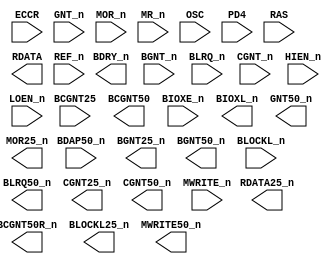
 /**************************************************************************
** ND120 CPU, MM&M                                                       **
** MEM/LBDIF                                                             **
** LOCAL BD CONTROL                                                      **
** SHEET 48 of 50                                                        **
**                                                                       ** 
** Last reviewed: 21-APRIL-2024                                          **
** Ronny Hansen                                                          **               
***************************************************************************/

module MEM_LBDIF_48( BCGNT25,
                     BCGNT50,
                     BCGNT50R_n,
                     BDAP50_n,
                     BDRY_n,
                     BGNT25_n,
                     BGNT50_n,
                     BGNT_n,
                     BIOXE_n,
                     BIOXL_n,
                     BLOCKL25_n,
                     BLOCKL_n,
                     BLRQ50_n,
                     BLRQ_n,
                     CGNT25_n,
                     CGNT50_n,
                     CGNT_n,
                     ECCR,
                     GNT50_n,
                     GNT_n,
                     HIEN_n,
                     LOEN_n,
                     MOR25_n,
                     MOR_n,
                     MR_n,
                     MWRITE50_n,
                     MWRITE_n,
                     OSC,
                     PD4,
                     RAS,
                     RDATA,
                     RDATA25_n,
                     REF_n );

   /*******************************************************************************
   ** The inputs are defined here                                                **
   *******************************************************************************/
   input BCGNT25;
   input BDAP50_n;
   input BGNT_n;
   input BIOXE_n;
   input BLOCKL_n;
   input BLRQ_n;
   input CGNT_n;
   input ECCR;
   input GNT_n;
   input HIEN_n;
   input LOEN_n;
   input MOR_n;
   input MR_n;
   input MWRITE_n;
   input OSC;
   input PD4;
   input RAS;
   input REF_n;

   /*******************************************************************************
   ** The outputs are defined here                                               **
   *******************************************************************************/
   output BCGNT50;
   output BCGNT50R_n;
   output BDRY_n;
   output BGNT25_n;
   output BGNT50_n;
   output BIOXL_n;
   output BLOCKL25_n;
   output BLRQ50_n;
   output CGNT25_n;
   output CGNT50_n;
   output GNT50_n;
   output MOR25_n;
   output MWRITE50_n;
   output RDATA;
   output RDATA25_n;

   /*******************************************************************************
   ** The wires are defined here                                                 **
   *******************************************************************************/
   wire s_logisimNet0;
   wire s_logisimNet1;
   wire s_logisimNet10;
   wire s_logisimNet11;
   wire s_logisimNet12;
   wire s_logisimNet13;
   wire s_logisimNet14;
   wire s_logisimNet15;
   wire s_logisimNet16;
   wire s_logisimNet17;
   wire s_logisimNet18;
   wire s_logisimNet19;
   wire s_logisimNet2;
   wire s_logisimNet20;
   wire s_logisimNet21;
   wire s_logisimNet22;
   wire s_logisimNet23;
   wire s_logisimNet24;
   wire s_logisimNet25;
   wire s_logisimNet26;
   wire s_logisimNet27;
   wire s_logisimNet28;
   wire s_logisimNet29;
   wire s_logisimNet3;
   wire s_logisimNet30;
   wire s_logisimNet31;
   wire s_logisimNet32;
   wire s_logisimNet33;
   wire s_logisimNet34;
   wire s_logisimNet35;
   wire s_logisimNet36;
   wire s_logisimNet37;
   wire s_logisimNet38;
   wire s_logisimNet39;
   wire s_logisimNet4;
   wire s_logisimNet40;
   wire s_logisimNet41;
   wire s_logisimNet42;
   wire s_logisimNet43;
   wire s_logisimNet44;
   wire s_logisimNet45;
   wire s_logisimNet46;
   wire s_logisimNet47;
   wire s_logisimNet48;
   wire s_logisimNet49;
   wire s_logisimNet5;
   wire s_logisimNet6;
   wire s_logisimNet7;
   wire s_logisimNet8;
   wire s_logisimNet9;

   /*******************************************************************************
   ** The module functionality is described here                                 **
   *******************************************************************************/

   /*******************************************************************************
   ** Here all input connections are defined                                     **
   *******************************************************************************/
   assign s_logisimNet0  = HIEN_n;
   assign s_logisimNet15 = PD4;
   assign s_logisimNet18 = ECCR;
   assign s_logisimNet2  = LOEN_n;
   assign s_logisimNet21 = BLRQ_n;
   assign s_logisimNet24 = MWRITE_n;
   assign s_logisimNet25 = REF_n;
   assign s_logisimNet26 = MOR_n;
   assign s_logisimNet27 = BGNT_n;
   assign s_logisimNet28 = MR_n;
   assign s_logisimNet4  = BIOXE_n;
   assign s_logisimNet42 = BDAP50_n;
   assign s_logisimNet44 = BCGNT25;
   assign s_logisimNet45 = RAS;
   assign s_logisimNet47 = BLOCKL_n;
   assign s_logisimNet48 = GNT_n;
   assign s_logisimNet8  = OSC;
   assign s_logisimNet9  = CGNT_n;

   /*******************************************************************************
   ** Here all output connections are defined                                    **
   *******************************************************************************/
   assign BCGNT50    = s_logisimNet11;
   assign BCGNT50R_n = s_logisimNet49;
   assign BDRY_n     = s_logisimNet46;
   assign BGNT25_n   = s_logisimNet14;
   assign BGNT50_n   = s_logisimNet6;
   assign BIOXL_n    = s_logisimNet30;
   assign BLOCKL25_n = s_logisimNet34;
   assign BLRQ50_n   = s_logisimNet43;
   assign CGNT25_n   = s_logisimNet3;
   assign CGNT50_n   = s_logisimNet38;
   assign GNT50_n    = s_logisimNet33;
   assign MOR25_n    = s_logisimNet32;
   assign MWRITE50_n = s_logisimNet23;
   assign RDATA      = s_logisimNet35;
   assign RDATA25_n  = s_logisimNet29;

   /*******************************************************************************
   ** Here all in-lined components are defined                                   **
   *******************************************************************************/

   // Buffer
   assign s_logisimNet46 = s_logisimNet31;

   /*******************************************************************************
   ** Here all sub-circuits are defined                                          **
   *******************************************************************************/

/* TODO:

   AM29C821   CHIP_14F (.CK(s_logisimNet8),
                        .D0(s_logisimNet47),
                        .D1(s_logisimNet24),
                        .D2(s_logisimNet7),
                        .D3(s_logisimNet25),
                        .D4(s_logisimNet41),
                        .D5(s_logisimNet10),
                        .D6(s_logisimNet37),
                        .D7(s_logisimNet26),
                        .D8(s_logisimNet48),
                        .D9(s_logisimNet12),
                        .OE_n(s_logisimNet15),
                        .Y0(s_logisimNet34),
                        .Y1(s_logisimNet7),
                        .Y2(s_logisimNet23),
                        .Y3(s_logisimNet13),
                        .Y4(s_logisimNet16),
                        .Y5(s_logisimNet5),
                        .Y6(s_logisimNet20),
                        .Y7(s_logisimNet32),
                        .Y8(s_logisimNet22),
                        .Y9(s_logisimNet33));

   AM29C821   CHIP_13F (.CK(s_logisimNet8),
                        .D0(s_logisimNet21),
                        .D1(s_logisimNet36),
                        .D2(s_logisimNet35),
                        .D3(1'b0),
                        .D4(s_logisimNet9),
                        .D5(s_logisimNet3),
                        .D6(s_logisimNet27),
                        .D7(s_logisimNet14),
                        .D8(s_logisimNet6),
                        .D9(s_logisimNet44),
                        .OE_n(s_logisimNet15),
                        .Y0(s_logisimNet36),
                        .Y1(s_logisimNet43),
                        .Y2(s_logisimNet29),
                        .Y3(),
                        .Y4(s_logisimNet3),
                        .Y5(s_logisimNet38),
                        .Y6(s_logisimNet14),
                        .Y7(s_logisimNet6),
                        .Y8(s_logisimNet40),
                        .Y9(s_logisimNet11));


   PAL_44310D   PAL_44310_ULBDIF (.B0_n(s_logisimNet31),
                                   .B1_n(s_logisimNet30),
                                   .B2_n(s_logisimNet17),
                                   .B3_n(s_logisimNet39),
                                   .B4_n(s_logisimNet1),
                                   .B5_n(s_logisimNet19),
                                   .I0(s_logisimNet0),
                                   .I1(s_logisimNet27),
                                   .I2(s_logisimNet9),
                                   .I3(s_logisimNet2),
                                   .I4(s_logisimNet38),
                                   .I5(s_logisimNet18),
                                   .I6(s_logisimNet6),
                                   .I7(s_logisimNet40),
                                   .I8(s_logisimNet42),
                                   .I9(s_logisimNet28),
                                   .Y0_n(s_logisimNet49),
                                   .Y1_n(s_logisimNet35));
   */                                 

endmodule